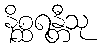
နိစ္ဆရန္တီသု